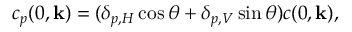
\begin{array} { r } { c _ { p } ( 0 , { \bf k } ) = ( \delta _ { p , H } \cos \theta + \delta _ { p , V } \sin \theta ) c ( 0 , { \bf k } ) , } \end{array}